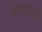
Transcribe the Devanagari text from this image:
मंडळीमध्यें